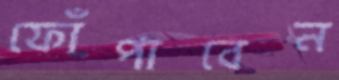
ফোঁপাবেন